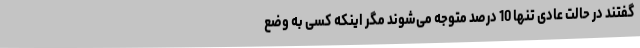
گفتند در حالت عادی تنها 10 درصد متوجه می‌شوند مگر اینکه کسی به وضع